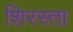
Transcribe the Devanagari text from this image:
शिरस्ता